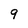
Character: 9